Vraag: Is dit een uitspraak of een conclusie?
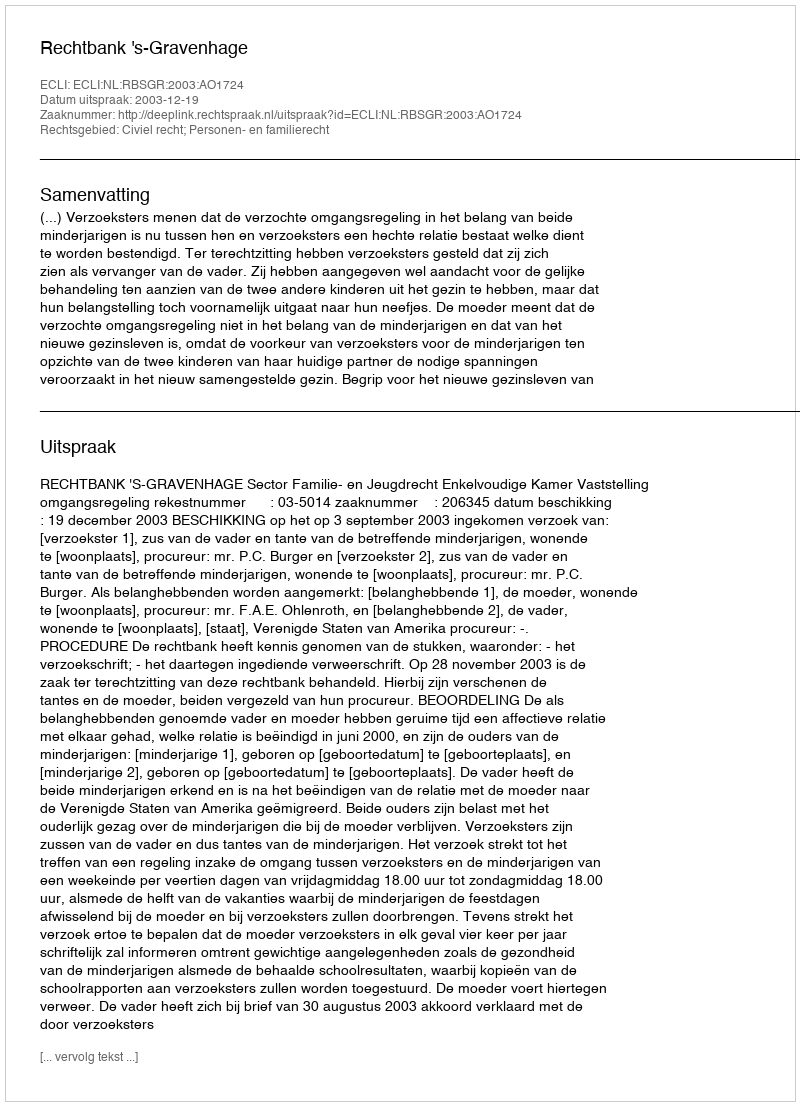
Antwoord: Uitspraak